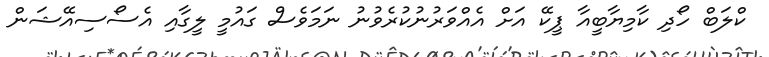
ކްލަބް ހޯދި ކާމިޔާބީއާ ޕީކޭ އަށް އެއްވަރުނުކުރެވުނު ނަމަވެސް ގައުމީ ލީގާއި އެސޯސިއޭޝަން